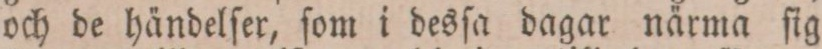
och de händelſer, ſom i desſa dagar närma ſig